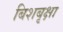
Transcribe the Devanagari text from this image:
बिशबृक्षा